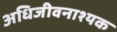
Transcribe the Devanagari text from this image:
अधिजीवनाश्यक